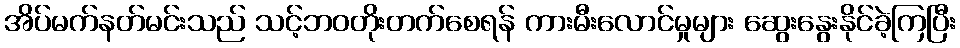
အိပ်မက်နတ်မင်းသည် သင့်ဘဝတိုးတက်စေရန် ကားမီးလောင်မှုများ ဆွေးနွေးနိုင်ခဲ့ကြပြီး